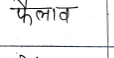
मजकूर: फैलाव